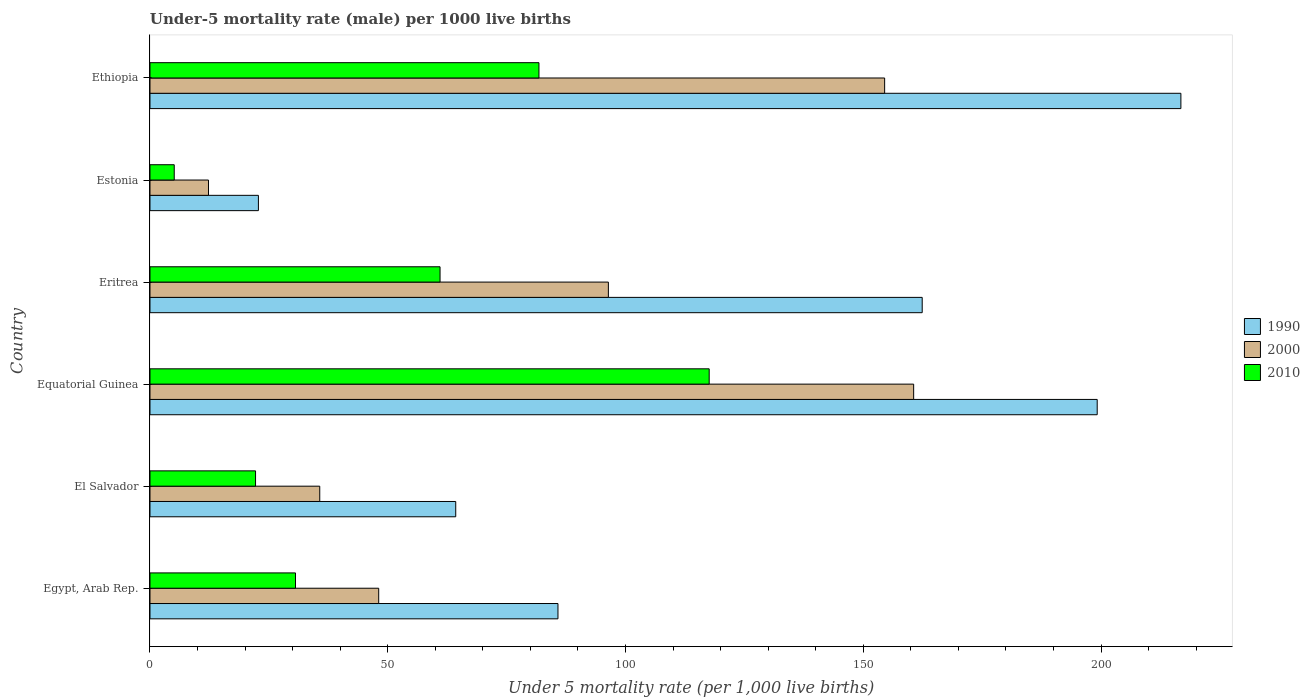
| Country | 1990 | 2000 | 2010 |
 | --- | --- | --- | --- |
 | Egypt, Arab Rep. | 85.8 | 48.1 | 30.6 |
 | El Salvador | 64.3 | 35.7 | 22.2 |
 | Equatorial Guinea | 199 | 161 | 118 |
 | Eritrea | 162 | 96.4 | 61 |
 | Estonia | 22.8 | 12.3 | 5.1 |
 | Ethiopia | 217 | 154 | 81.8 |